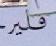
فلير